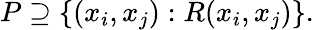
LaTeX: P\supseteq\{ (x_{i},x_{j}):R(x_{i},x_{j})\} .